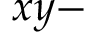
x y -